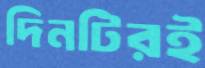
দিনটিরই